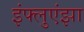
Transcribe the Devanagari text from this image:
इंफ्लुएंझा